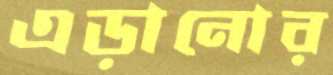
এড়ানোর